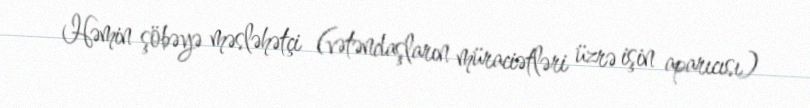
Həmin şöbəyə məsləhətçi (vətəndaşların müraciətləri üzrə işin aparıcısı)